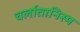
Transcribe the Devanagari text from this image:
चर्लातानिस्म